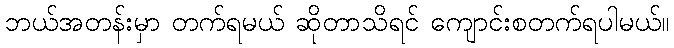
ဘယ်အတန်းမှာ တက်ရမယ် ဆိုတာသိရင် ကျောင်းစတက်ရပါမယ်။